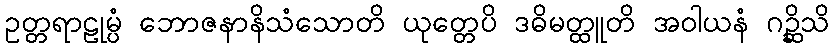
ဥတ္တရာဠုမ္ပံ ဘောဇနာနိသံသောတိ ယုတ္တေပိ ဒဓိမတ္ထူတိ အဝါယနံ ဂဉ္ဆိသိ